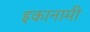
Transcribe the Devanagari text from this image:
इकानामी